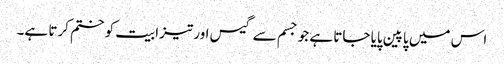
اس میں پاپین پایا جاتا ہے جو جسم سے گیس اور تیزابیت کو ختم کرتا ہے۔